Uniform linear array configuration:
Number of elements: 48
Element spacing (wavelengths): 0.25
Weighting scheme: hann
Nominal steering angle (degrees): -60
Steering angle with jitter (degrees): -61.626
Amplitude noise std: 0.05
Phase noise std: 0.05

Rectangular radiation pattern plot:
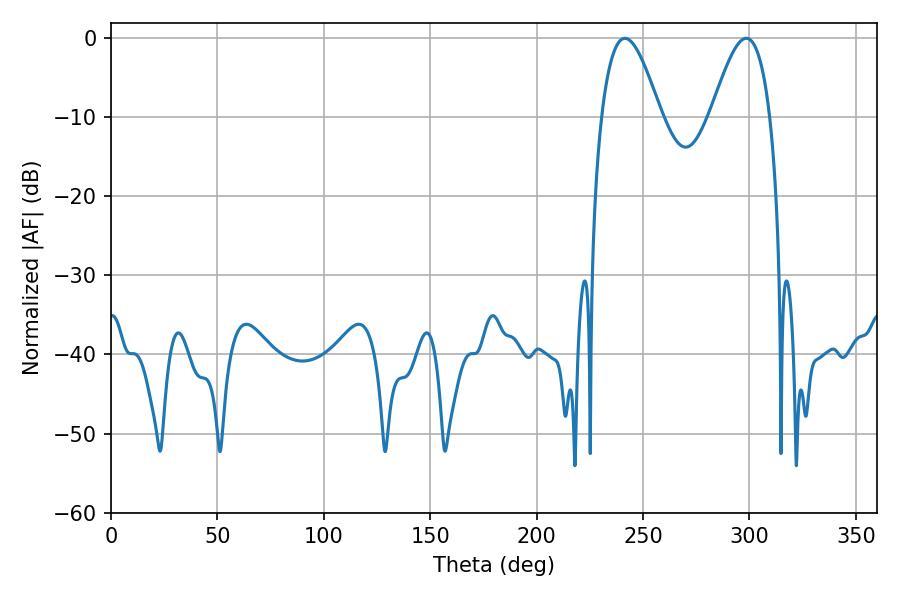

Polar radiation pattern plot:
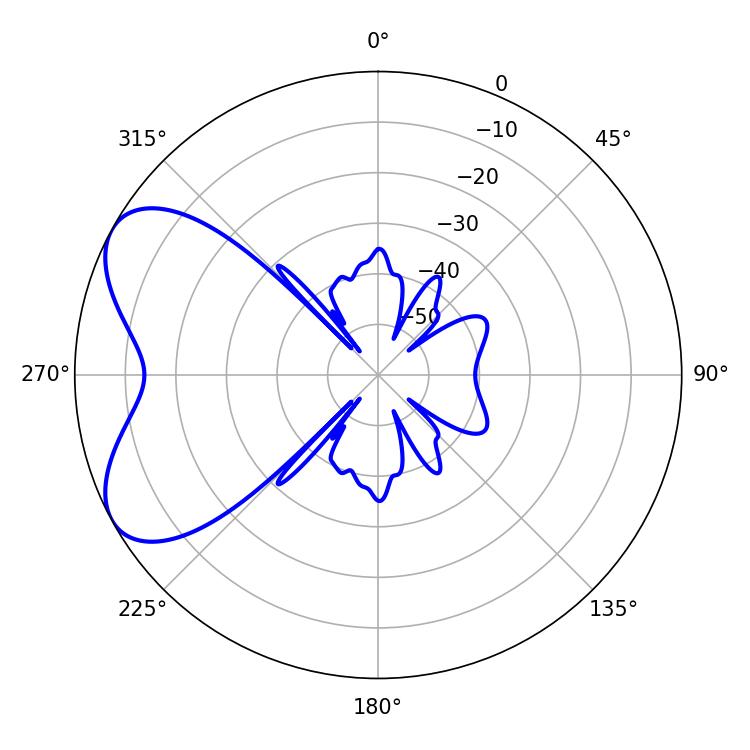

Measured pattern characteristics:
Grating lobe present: FALSE
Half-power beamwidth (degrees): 14.94
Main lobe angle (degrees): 241.56